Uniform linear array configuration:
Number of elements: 24
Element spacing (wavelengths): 1
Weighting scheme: blackman
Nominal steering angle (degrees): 60
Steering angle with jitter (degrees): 61.987
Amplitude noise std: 0.05
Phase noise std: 0.05

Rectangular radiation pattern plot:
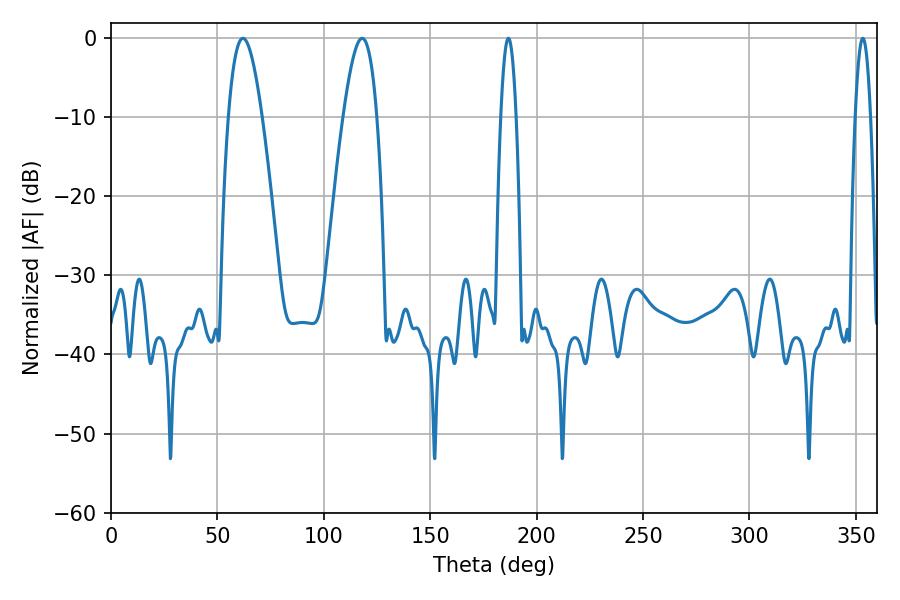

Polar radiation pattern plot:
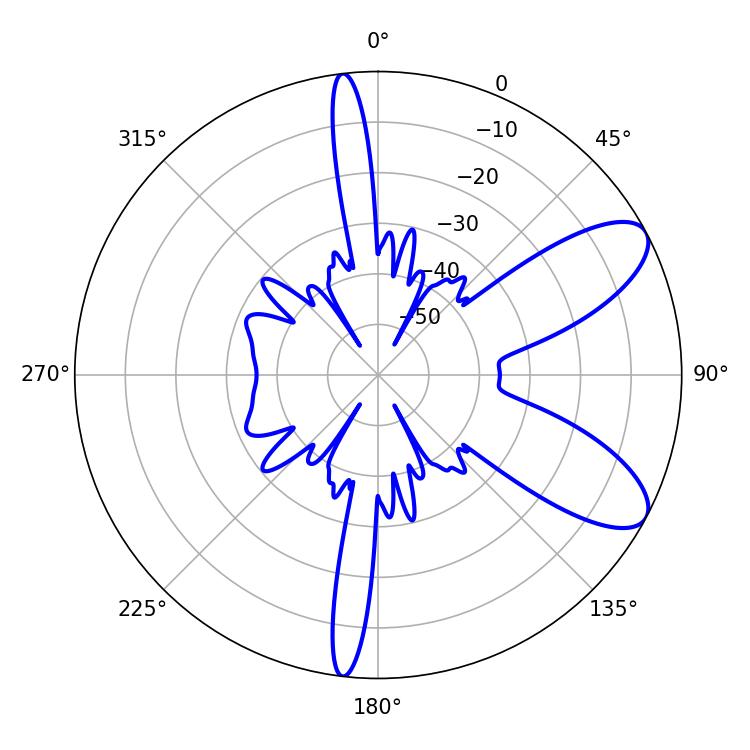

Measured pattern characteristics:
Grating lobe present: TRUE
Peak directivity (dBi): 8.682
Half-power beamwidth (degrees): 8.64
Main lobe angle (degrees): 61.92